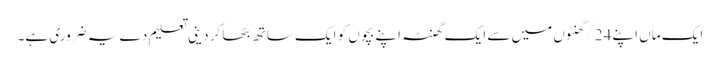
ایک ماں اپنے 24/گھنٹوں میں سے ایک گھنٹہ اپنے بچوں کو ایک ساتھ بٹھا کر دینی تعلیم دے یہ ضروری ہے۔